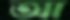
আ